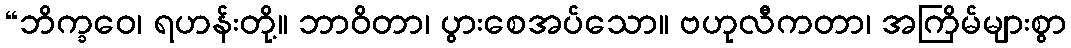
“ဘိက္ခဝေ၊ ရဟန်းတို့။ ဘာဝိတာ၊ ပွားစေအပ်သော။ ဗဟုလီကတာ၊ အကြိမ်များစွာ